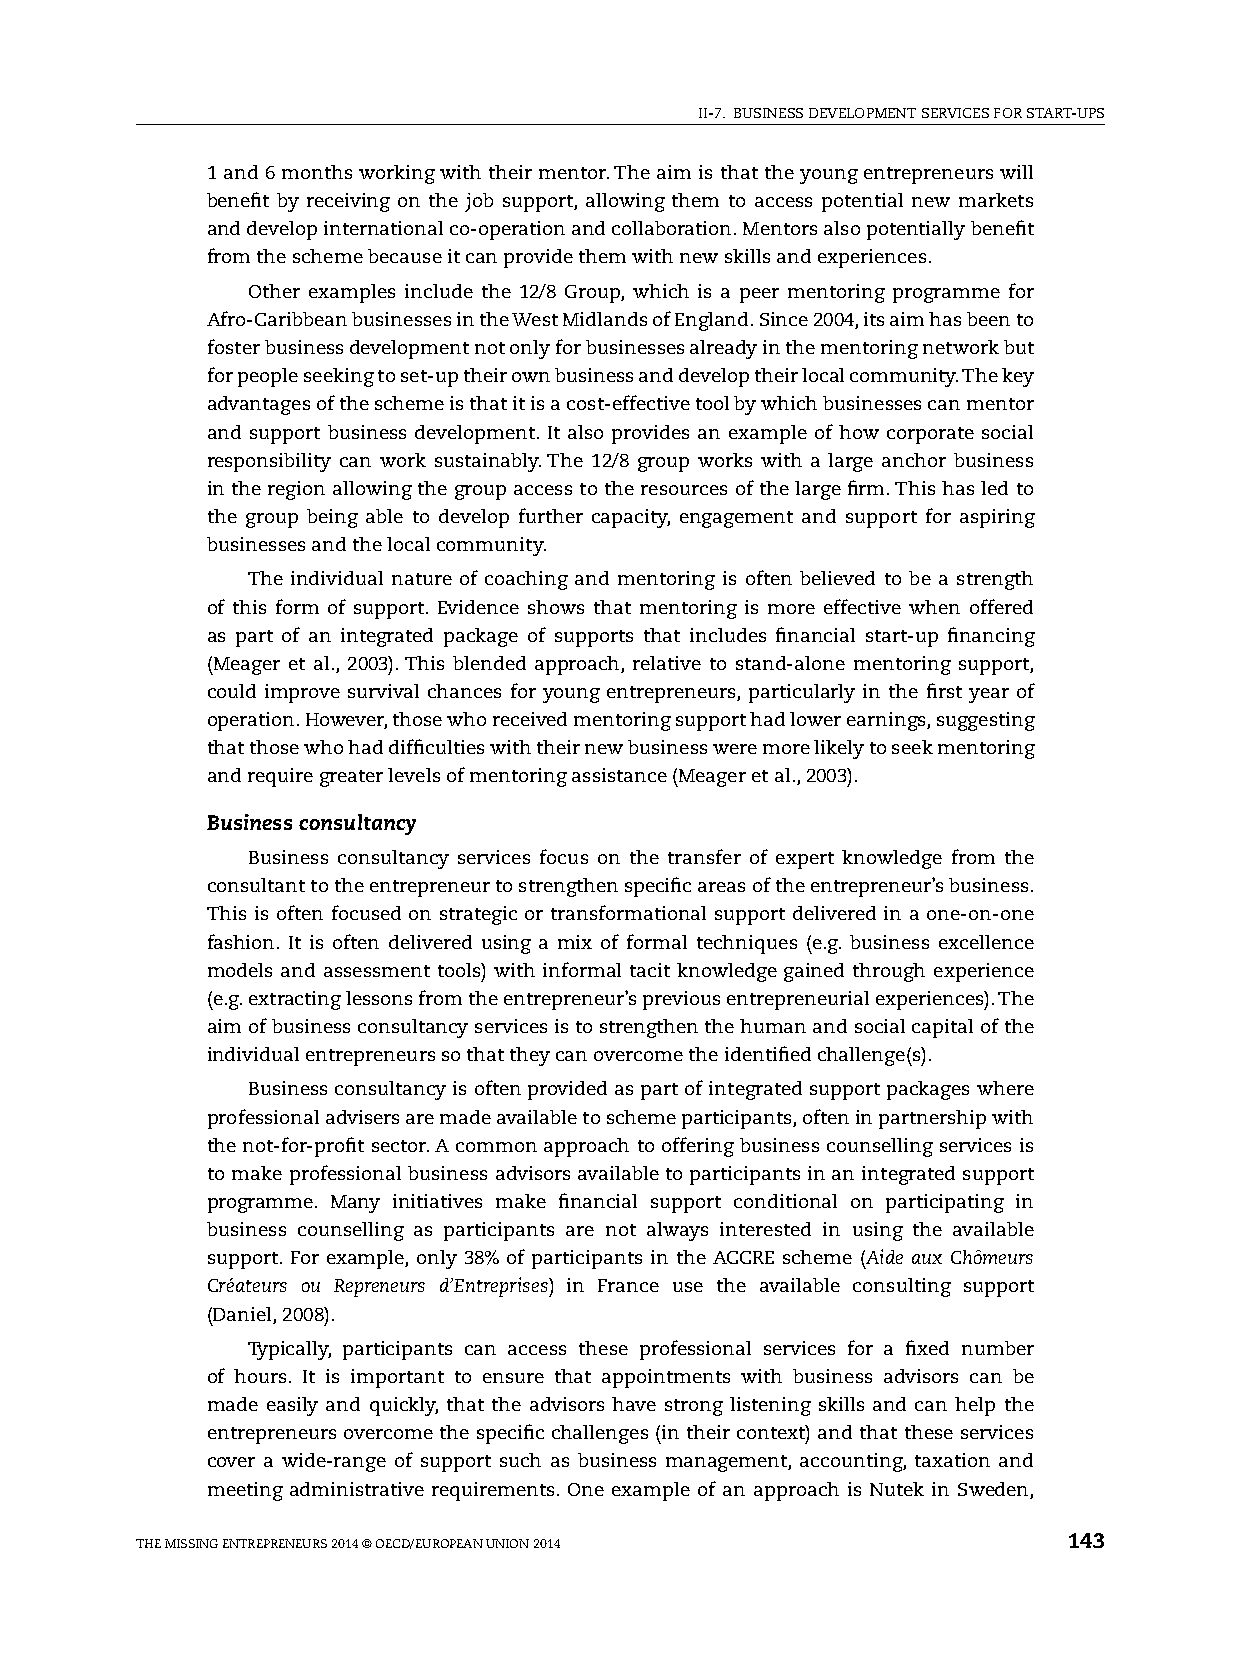
II-7. BUsINEss DEvElOpMENT sERvICEs FOR sTART-Ups
 1 and 6 months working with their mentor. The aim is that the young entrepreneurs will
 benefit by receiving on the job support, allowing them to access potential new markets
 and develop international co-operation and collaboration. Mentors also potentially benefit
 from the scheme because it can provide them with new skills and experiences.
 Other examples include the 12/8 Group, which is a peer mentoring programme for
 Afro-Caribbean businesses in the West Midlands of England. since 2004, its aim has been to
 foster business development not only for businesses already in the mentoring network but
 for people seeking to set-up their own business and develop their local community. The key
 advantages of the scheme is that it is a cost-effective tool by which businesses can mentor
 and support business development. It also provides an example of how corporate social
 responsibility can work sustainably. The 12/8 group works with a large anchor business
 in the region allowing the group access to the resources of the large firm. This has led to
 the group being able to develop further capacity, engagement and support for aspiring
 businesses and the local community.
 The individual nature of coaching and mentoring is often believed to be a strength
 of this form of support. Evidence shows that mentoring is more effective when offered
 as part of an integrated package of supports that includes financial start-up financing
 (Meager et al., 2003). This blended approach, relative to stand-alone mentoring support,
 could improve survival chances for young entrepreneurs, particularly in the first year of
 operation. however, those who received mentoring support had lower earnings, suggesting
 that those who had difficulties with their new business were more likely to seek mentoring
 and require greater levels of mentoring assistance (Meager et al., 2003).
 Business consultancy
 Business consultancy services focus on the transfer of expert knowledge from the
 consultant to the entrepreneur to strengthen specific areas of the entrepreneur’s business.
 This is often focused on strategic or transformational support delivered in a one-on-one
 fashion. It is often delivered using a mix of formal techniques (e.g. business excellence
 models and assessment tools) with informal tacit knowledge gained through experience
 (e.g. extracting lessons from the entrepreneur’s previous entrepreneurial experiences). The
 aim of business consultancy services is to strengthen the human and social capital of the
 individual entrepreneurs so that they can overcome the identified challenge(s).
 Business consultancy is often provided as part of integrated support packages where
 professional advisers are made available to scheme participants, often in partnership with
 the not-for-profit sector. A common approach to offering business counselling services is
 to make professional business advisors available to participants in an integrated support
 programme. Many initiatives make financial support conditional on participating in
 business counselling as participants are not always interested in using the available
 support. For example, only 38% of participants in the ACCRE scheme (Aide aux Chômeurs
 Créateurs ou Repreneurs d’Entreprises) in France use the available consulting support
 (Daniel, 2008).
 Typically, participants can access these professional services for a fixed number
 of hours. It is important to ensure that appointments with business advisors can be
 made easily and quickly, that the advisors have strong listening skills and can help the
 entrepreneurs overcome the specific challenges (in their context) and that these services
 cover a wide-range of support such as business management, accounting, taxation and
 meeting administrative requirements. One example of an approach is Nutek in sweden,
 ThE MIssING ENTREpRENEURs 2014 © OECD/EUROpEAN UNION 2014     143